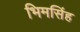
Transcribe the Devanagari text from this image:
भिमसिंह